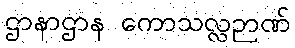
ဌာနာဌာန ကောသလ္လဉာဏ်